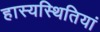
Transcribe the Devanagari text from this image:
हास्यस्थितियां